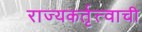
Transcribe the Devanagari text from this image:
राज्यकर्तृत्त्वाची